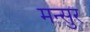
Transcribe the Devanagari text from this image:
मन्सुर